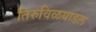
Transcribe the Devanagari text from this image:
तिरुविळयाडल